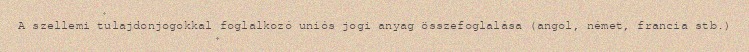
A szellemi tulajdonjogokkal foglalkozó uniós jogi anyag összefoglalása (angol, német, francia stb.)